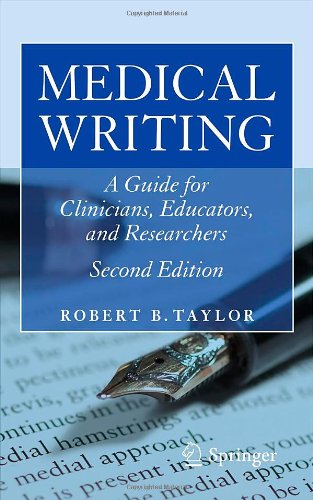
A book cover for Medical Writing: A Guide for Clinicians, Educators, and Researchers; Robert B. Taylor; Medical Books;